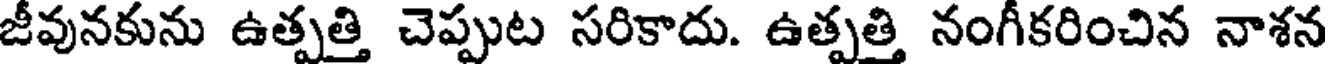
జీవునకును ఉత్పత్తి చెప్పుట సరికాదు. ఉత్పత్తి నంగీకరించిన నాశన